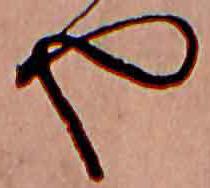
や